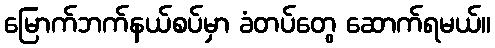
မြောက်ဘက်နယ်စပ်မှာ ခံတပ်တွေ ဆောက်ရမယ်။